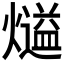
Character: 𤐹